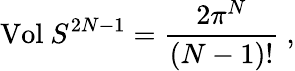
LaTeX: \mathrm{Vol}\ S^{2N-1}=\frac{2\pi^{N}}{(N-1)!}\ ,